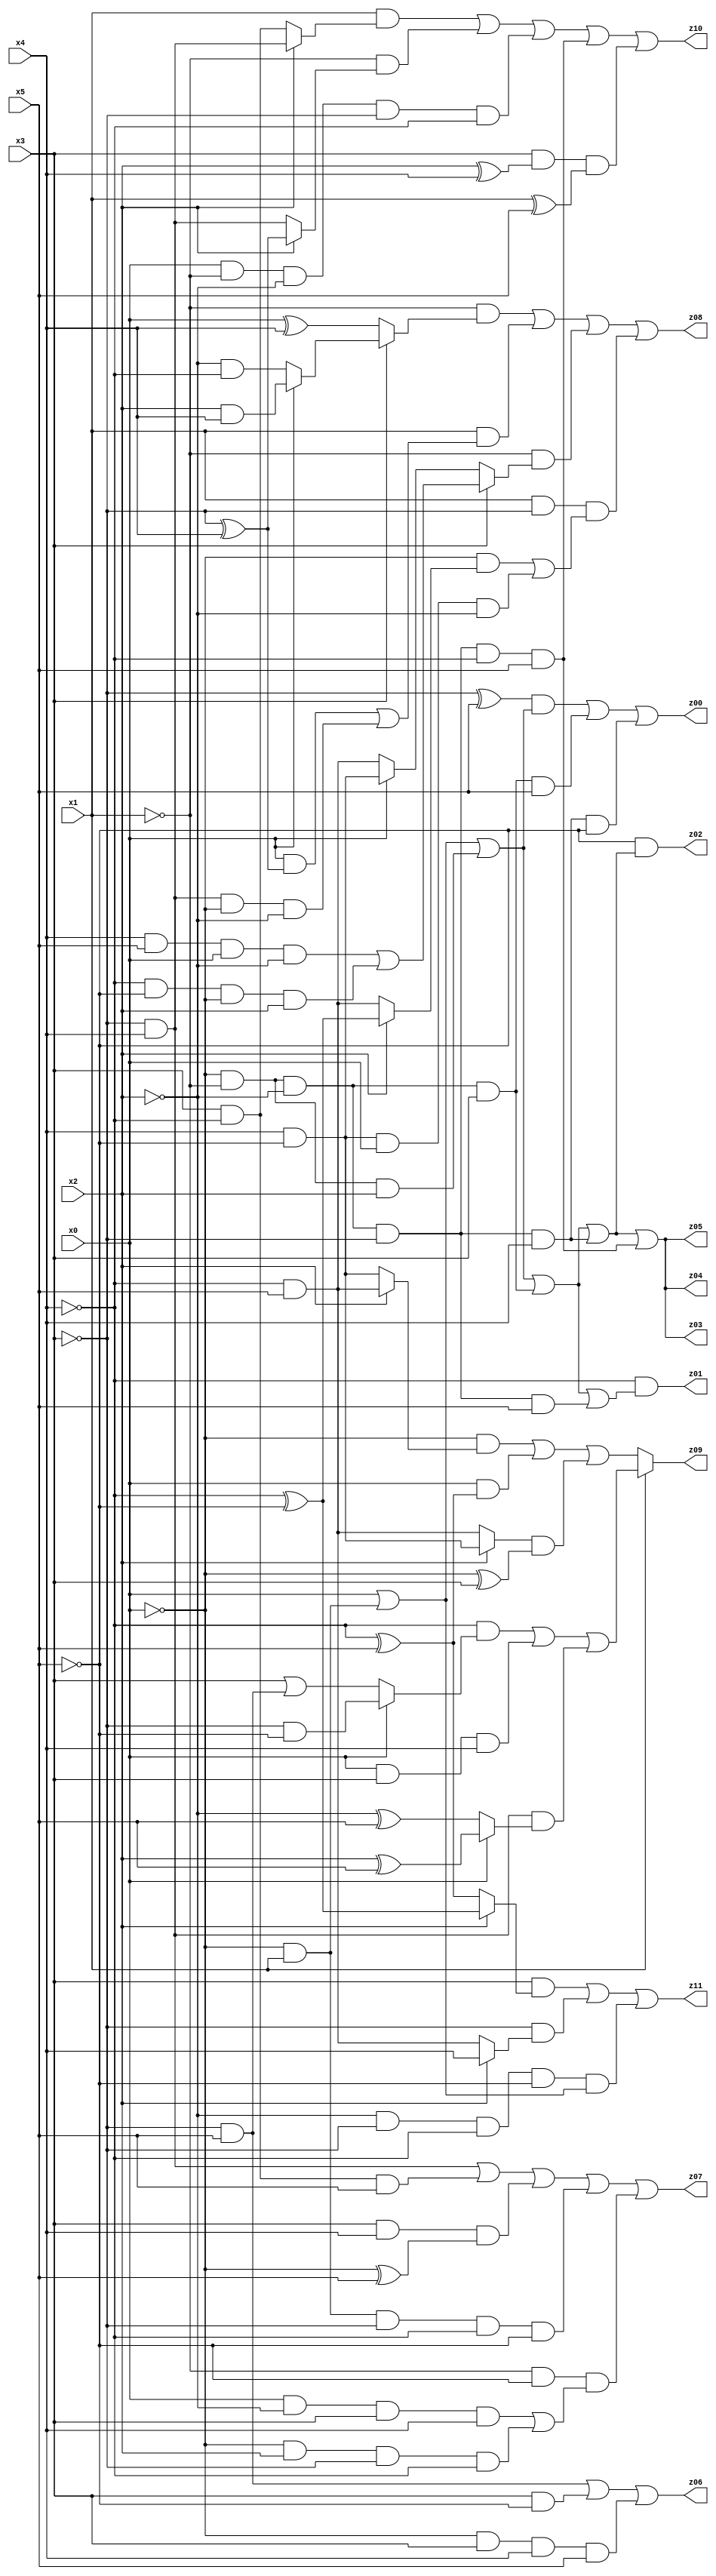
// Benchmark "X_63" written by ABC on Fri Jun 02 22:56:11 2023

module X_63 ( 
    x0, x1, x2, x3, x4, x5,
    z00, z01, z02, z03, z04, z05, z06, z07, z08, z09, z10, z11  );
  input  x0, x1, x2, x3, x4, x5;
  output z00, z01, z02, z03, z04, z05, z06, z07, z08, z09, z10, z11;
  assign z00 = ((~x3 ^ x5) & (x0 | (~x0 & x1) | (~x0 & ~x1 & x2))) | (~x0 & ~x1 & ~x2 & x3 & x5) | (~x0 & ~x1 & ~x2 & ~x3 & x4 & ~x5);
  assign z01 = ~x4 & (x0 | (~x0 & x1) | (~x0 & ~x1 & x2) | (~x0 & ~x1 & ~x2 & x3) | (~x0 & ~x1 & ~x2 & ~x3 & x5));
  assign z02 = ~x5 & (x0 | (~x0 & x1) | (~x0 & ~x1 & x2) | (~x0 & ~x1 & ~x2 & x3) | (~x0 & ~x1 & ~x2 & ~x3 & x4));
  assign z03 = x0 | (~x0 & x1) | (~x0 & ~x1 & x2) | (~x0 & ~x1 & ~x2 & x3) | (~x0 & ~x1 & ~x2 & ~x3 & x4) | (~x0 & ~x1 & ~x2 & ~x3 & ~x4 & x5);
  assign z04 = x0 | (~x0 & x1) | (~x0 & ~x1 & x2) | (~x0 & ~x1 & ~x2 & x3) | (~x0 & ~x1 & ~x2 & ~x3 & x4) | (~x0 & ~x1 & ~x2 & ~x3 & ~x4 & x5);
  assign z05 = x0 | (~x0 & x1) | (~x0 & ~x1 & x2) | (~x0 & ~x1 & ~x2 & x3) | (~x0 & ~x1 & ~x2 & ~x3 & x4) | (~x0 & ~x1 & ~x2 & ~x3 & ~x4 & x5);
  assign z06 = (~x3 & x5) | (x3 & ~x5) | (~x0 & x3 & x4 & x5);
  assign z07 = (~x3 & x4) | (x3 & ~x4 & x5) | (x3 & x4 & (~x0 ^ x5)) | (~x0 & x1 & ~x3 & ~x4 & ~x5) | (~x1 & ~x5 & ((x0 & ~x2 & x3 & x4) | (~x0 & x2 & ~x3 & ~x4)));
  assign z08 = (~x1 & (x3 ? (x0 ? (x2 & x4) : (~x2 & ~x4)) : (x0 ^ x4))) | (x1 & ((x0 & (~x3 ^ x4)) | (~x3 & x4 & ~x0 & ~x2))) | (~x1 & (x3 ? ((x4 & x5 & x0 & ~x2) | (~x4 & ~x5 & ~x0 & x2)) : (x0 ? (x4 & ~x5) : (~x4 & x5)))) | (x1 & ~x3 & ((~x0 & (x2 ? (~x4 ^ ~x5) : (~x4 & x5))) | (x4 & ~x5 & x0 & ~x2)));
  assign z09 = x1 ? ((~x4 & (x0 ? (~x3 & ~x5) : (x3 | (~x3 & x5)))) | (x0 & x3 & x4) | (~x3 & x4 & (x0 ? (x2 ^ x5) : (~x2 ^ x5)))) : ((~x0 & (x2 ? (~x4 & x5) : (x4 & ~x5))) | (x0 & (~x4 ^ x5)) | ((x2 ? (x4 & ~x5) : (~x4 & x5)) & (~x0 ^ x3)));
  assign z10 = (x1 & (x2 ? (~x3 & x4) : (x3 & ~x4))) | (~x1 & (x2 ? (~x3 ^ x4) : (~x3 & x4))) | (x0 & ~x1 & ~x2 & ~x3 & ~x4) | (~x0 & ~x1 & ~x2 & ~x3 & ~x4 & x5) | (x3 & (x2 ^ x4) & (x1 ^ x5));
  assign z11 = (x3 & (x2 ? (~x4 ^ ~x5) : (~x4 ^ x5))) | (~x3 & (x2 ? x4 : (~x4 & x5))) | (~x2 & ~x3 & ~x4 & ~x5 & (x0 | (~x0 & x1)));
endmodule